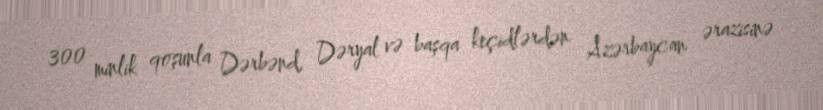
300 minlik qoşunla Dərbənd, Dəryal və başqa keçidlərdən Azərbaycan ərazisinə